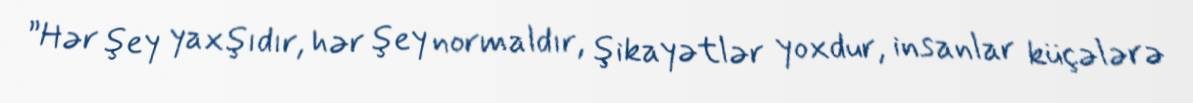
”Hər şey yaxşıdır, hər şey normaldır, şikayətlər yoxdur, insanlar küçələrə